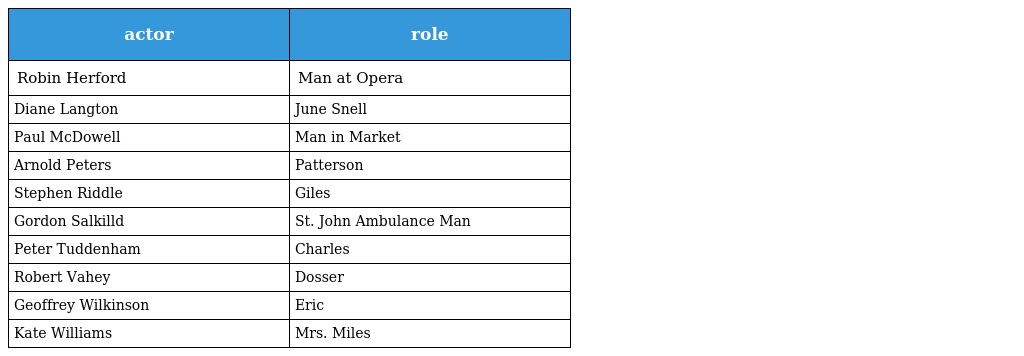
| actor | role |
 | --- | --- |
 | Robin Herford | Man at Opera |
 | Diane Langton | June Snell |
 | Paul McDowell | Man in Market |
 | Arnold Peters | Patterson |
 | Stephen Riddle | Giles |
 | Gordon Salkilld | St. John Ambulance Man |
 | Peter Tuddenham | Charles |
 | Robert Vahey | Dosser |
 | Geoffrey Wilkinson | Eric |
 | Kate Williams | Mrs. Miles |